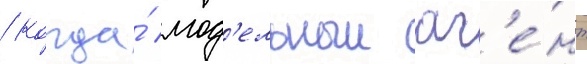
/ когда́ мод'ельныи аг'е́нт